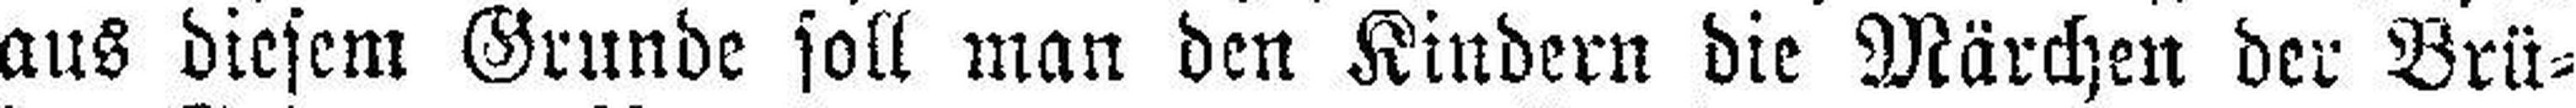
aus diesem Grunde soll man den Kindern die Märchen der Brü¬